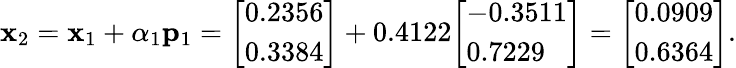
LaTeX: \mathbf{x}_{2}=\mathbf{x}_{1}+\alpha_{1}\mathbf{p}_{1}={\left[\begin{array}{l}{0.2356}\\ {0.3384}\end{array}\right]}+0.4122{\left[\begin{array}{l}{-0.3511}\\ {0.7229}\end{array}\right]}={\left[\begin{array}{l}{0.0909}\\ {0.6364}\end{array}\right]}.